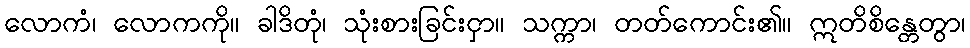
လောကံ၊ လောကကို။ ခါဒိတုံ၊ သုံးစားခြင်းငှာ။ သက္ကာ၊ တတ်ကောင်း၏။ ဣတိစိန္တေတွာ၊